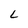
Character: L